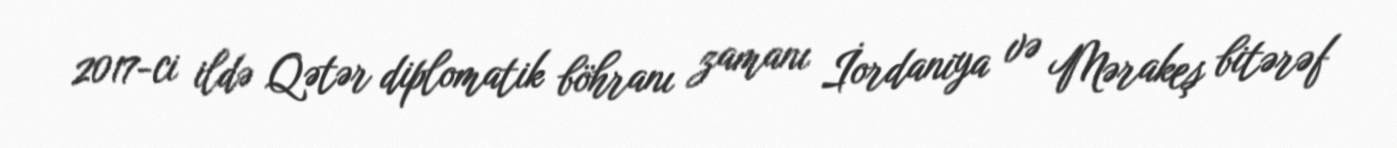
2017-ci ildə Qətər diplomatik böhranı zamanı İordaniya və Mərakeş bitərəf